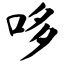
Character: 哆